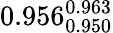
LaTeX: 0.956_{0.950}^{0.963}